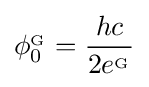
\phi _{0}^{_{\mathrm {G} }}={\frac {hc}{2e^{_{\mathrm {G} }}}}